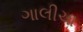
ગાલીચા